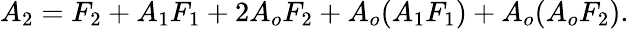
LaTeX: A_{2}=F_{2}+A_{1}F_{1}+2A_{o}F_{2}+A_{o}(A_{1}F_{1})+A_{o}(A_{o}F_{2}).